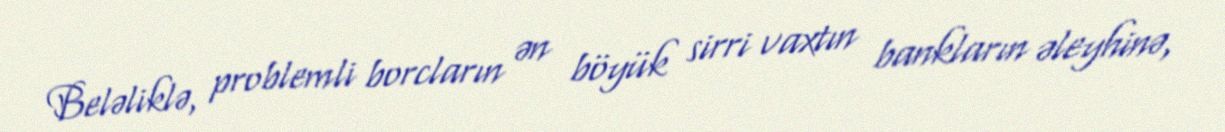
Beləliklə, problemli borcların ən böyük sirri vaxtın bankların əleyhinə,